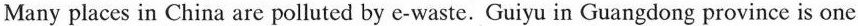
Many places in China are polluted by e-waste.Guiyu in Guangdong province is one